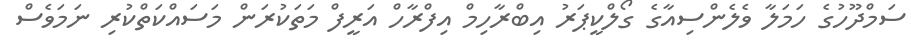
ސަމްދޫހުގެ ހަމަލާ ވެލެންސިއާގެ ގޯލްކީޕަރު އިބްރާހިމް އިފްރާހް އަރީފް މަތަކުރަން މަސައްކަތްކުރި ނަމަވެސް